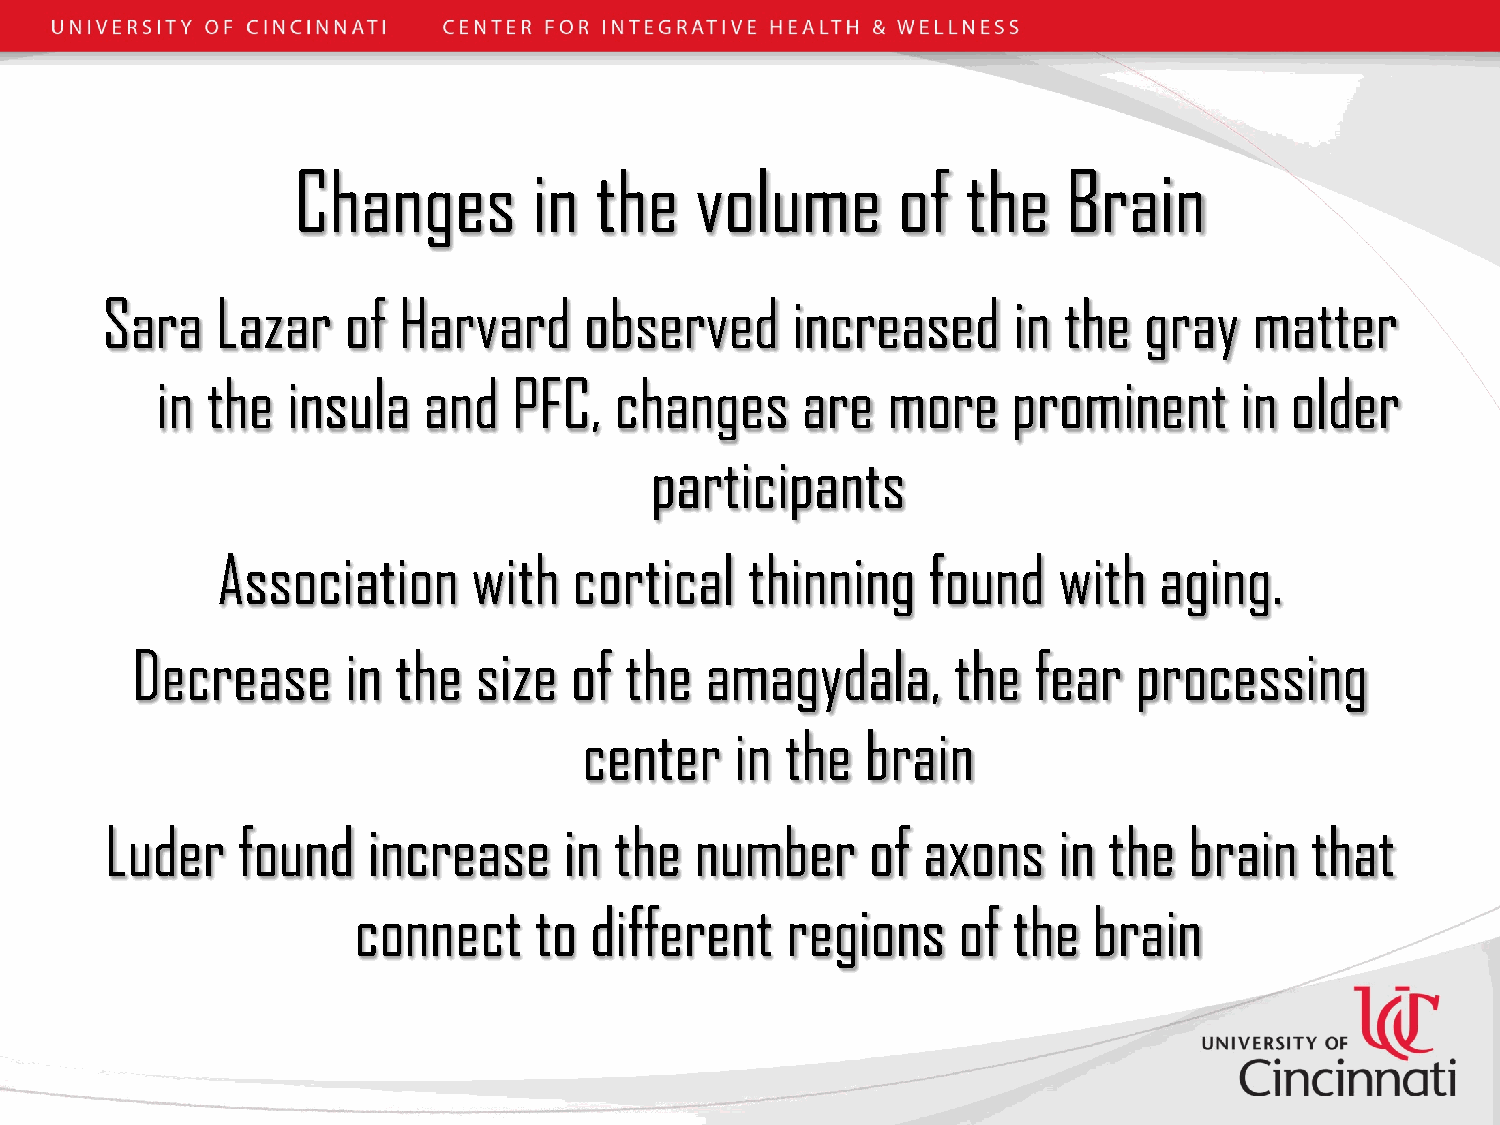
Changes         in  the    volume       of   the    Brain
 Sara   Lazar    of Harvard      observed     increased      in the   gray   matter
 in  the  insula   and   PFC,   changes     are   more    prominent      in older
 participants
 Association      with   cortical    thinning   found    with   aging.
 Decrease      in the  size   of the   amagydala,      the  fear   processing
 center    in the  brain
 Luder    found   increase     in  the  number      of axons    in the   brain   that
 connect     to  different    regions    of  the  brain